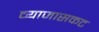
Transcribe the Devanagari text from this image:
व्याजासकट